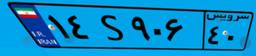
۸۳S۵۰۷۰۶